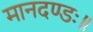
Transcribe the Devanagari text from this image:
मानदण्डः॥